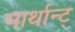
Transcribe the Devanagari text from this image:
मार्थान्ट्